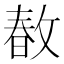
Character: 𢾜